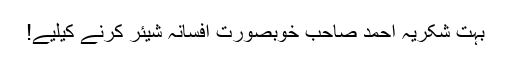
بہت شکریہ احمد صاحب خوبصورت افسانہ شیئر کرنے کیلیے!